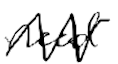
Text: need
Cross-out: zig-zag
Writing tool: digital_black